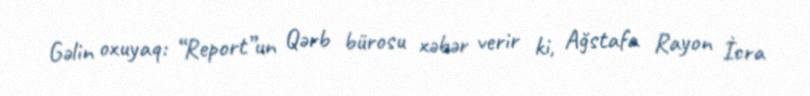
Gəlin oxuyaq: “Report”un Qərb bürosu xəbər verir ki, Ağstafa Rayon İcra